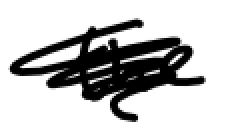
Text: the
Cross-out: scratch
Writing tool: digital_black